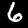
Digit: 6